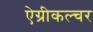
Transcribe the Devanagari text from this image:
ऐग्रीकल्चर